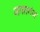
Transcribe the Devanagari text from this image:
जगतगंज